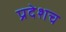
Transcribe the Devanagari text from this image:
प्रदेशच